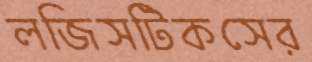
লজিসটিকসের